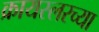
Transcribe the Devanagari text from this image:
क्रायस्लरच्या